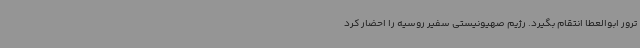
ترور ابوالعطا انتقام بگیرد. رژیم صهیونیستی سفیر روسیه را احضار کرد